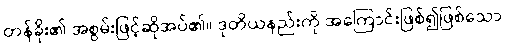
တန်ခိုး၏ အစွမ်းဖြင့်ဆိုအပ်၏။ ဒုတိယနည်းကို အကြောင်းဖြစ်၍ဖြစ်သော